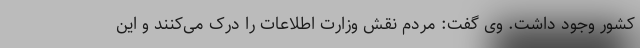
کشور وجود داشت. وی گفت: مردم نقش وزارت اطلاعات را درک می‌کنند و این